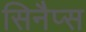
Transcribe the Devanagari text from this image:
सिनैप्स